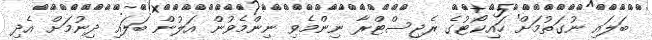
ބަލައި ނުގަތުމަށް ހައިކޯޓުގެ ރެޖިސްޓްރާ ނިންމެވި ނިންމެވުން އަލުން ބަލައި ދިނުމަށް އެދި